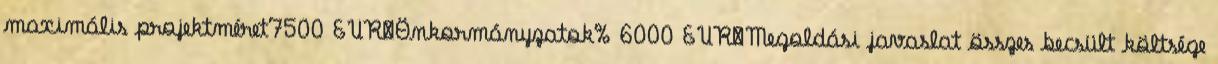
maximális projektméret7500 EUR▪Önkormányzatok% 6000 EUR▪Megoldási javaslat összes becsült költsége